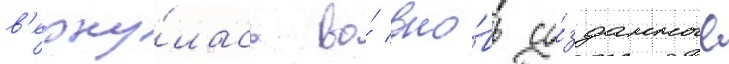
в'ерну́лась во́ вно́вь со́зданные